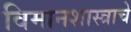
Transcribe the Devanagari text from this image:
विमानशास्त्राचे